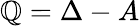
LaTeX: \mathbb{Q}=\Delta-A